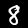
Label: 8